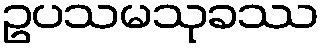
ဥပသမသုခဿ